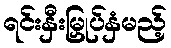
ရင်းနှီးမြှုပ်နှံမည့်